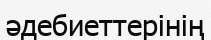
әдебиеттерінің